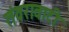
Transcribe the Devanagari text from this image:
तंवरावाटी